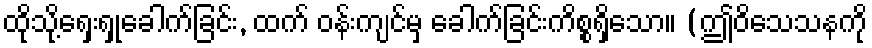
ထိုသို့ရှေးရှုခေါက်ခြင်း, ထက် ဝန်းကျင်မှ ခေါက်ခြင်းကိစ္စရှိသော။ (ဤဝိသေသနကို